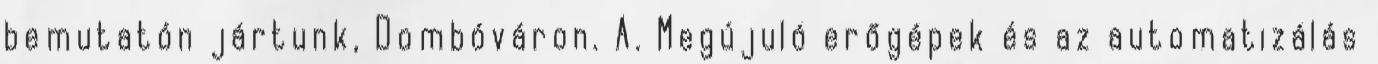
bemutatón jártunk, Dombóváron. A. Megújuló erőgépek és az automatizálás